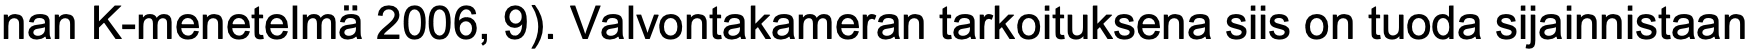
nan K-menetelmä 2006, 9). Valvontakameran tarkoituksena siis on tuoda sijainnistaan